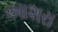
આશરા